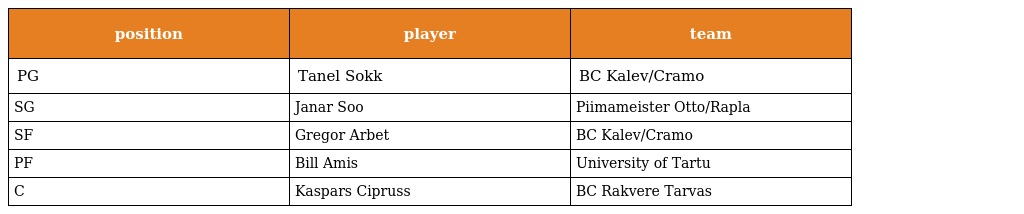
| position | player | team |
 | --- | --- | --- |
 | PG | Tanel Sokk | BC Kalev/Cramo |
 | SG | Janar Soo | Piimameister Otto/Rapla |
 | SF | Gregor Arbet | BC Kalev/Cramo |
 | PF | Bill Amis | University of Tartu |
 | C | Kaspars Cipruss | BC Rakvere Tarvas |